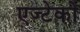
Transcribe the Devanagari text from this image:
एज्टेकों